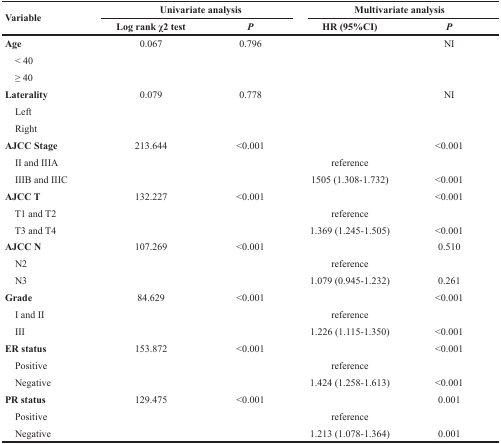
| <ROWSPAN=2> Variable | <COLSPAN=2> Univariate analysis | <COLSPAN=2> Multivariate analysis |
 | Log rank χ2 test | P | HR (95%CI) | P |
 | --- | --- | --- | --- | --- |
 | Age | 0.067 | 0.796 |  | NI |
 | < 40 |  |  |  |  |
 | ≥ 40 |  |  |  |  |
 | Laterality | 0.079 | 0.778 |  | NI |
 | Left |  |  |  |  |
 | Right |  |  |  |  |
 | AJCC Stage | 213.644 | <0.001 |  | <0.001 |
 | II and IIIA |  |  | reference |  |
 | IIIB and IIIC |  |  | 1505 (1.308-1.732) | <0.001 |
 | AJCC T | 132.227 | <0.001 |  | <0.001 |
 | T1 and T2 |  |  | reference |  |
 | T3 and T4 |  |  | 1.369 (1.245-1.505) | <0.001 |
 | AJCC N | 107.269 | <0.001 |  | 0.510 |
 | N2 |  |  | reference |  |
 | N3 |  |  | 1.079 (0.945-1.232) | 0.261 |
 | Grade | 84.629 | <0.001 |  | <0.001 |
 | I and II |  |  | reference |  |
 | III |  |  | 1.226 (1.115-1.350) | <0.001 |
 | ER status | 153.872 | <0.001 |  | <0.001 |
 | Positive |  |  | reference |  |
 | Negative |  |  | 1.424 (1.258-1.613) | <0.001 |
 | PR status | 129.475 | <0.001 |  | 0.001 |
 | Positive |  |  | reference |  |
 | Negative |  |  | 1.213 (1.078-1.364) | 0.001 |